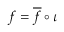
f = { \overline { { f } } } \circ \iota